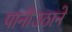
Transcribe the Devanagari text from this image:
पानीउठाने